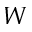
W